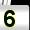
Digit: 5